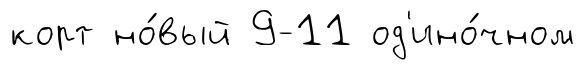
корт но́вый 9-11 од'ино́чном